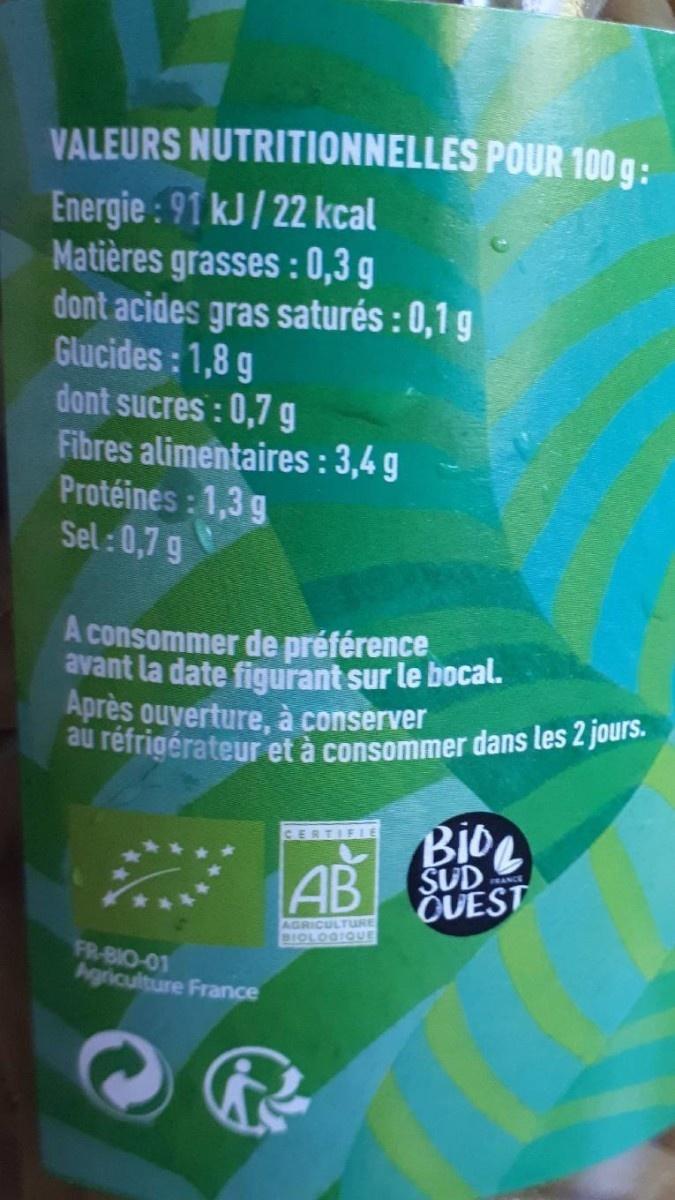
VALEURS NUTRITIONNELLES POUR 100 g:
Energie : 91 kJ / 22 kcal Matières grasses :0,3 g dont acides gras saturés : 0,1 g Glucides: 1,8 g dont sucres : 0,7 g Fibres alimentaires : 3,4 g Protéines: 1,3 g Sel:0,7 g
A consommer de préférence avant la date figurant sur le bocal. Après ouverture, à conserver
au réfrigérateur et à consommer dans les 2 jours.
CERTIFIE
AB
SUD OUEST
RANCE
AGRICULTURE BIOLOGIOUE
FR-BIO-01 Agriculture France